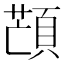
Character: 𩓜